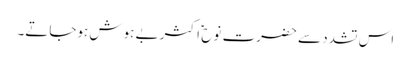
اس تشدد سے حضرت نوح ؑ اکثر بے ہوش ہوجاتے۔